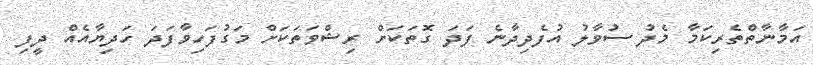
އަމާނާތްތެރިކަމާ މެދު ސުވާލު އުފެދިދާނެ ފަދަ ގޮތަކަށް ރިޝްވަތަކަށް މަގުފަހިވާފަދަ ހަދިޔާއެއް ދީފި